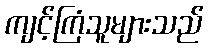
ကျင့်ကြံသူများသည်